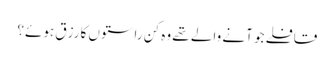
قافلے جو آنے والے تھے وہ کن راستوں کا رزق ہوئے؟